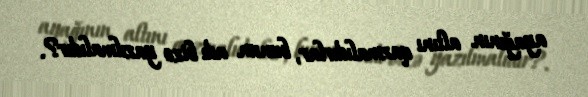
ayağının altını qazmalıdırlar, bunun adı bizə yazılmalıdır?.